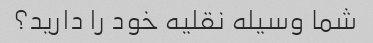
شما وسیله نقلیه خود را دارید؟